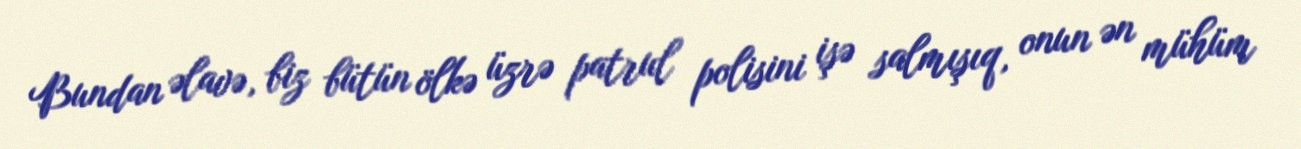
Bundan əlavə, biz bütün ölkə üzrə patrul polisini işə salmışıq, onun ən mühüm